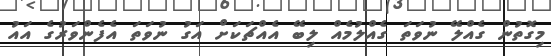
މިގޮތުން ގެއްލޭ ނުވަތަ ގެއްލުމެއް ލިބޭ އެއްޗަކަށް އަގު ނުވަތަ އެފެންވަރުގެ އައު